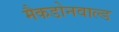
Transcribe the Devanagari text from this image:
मैकडोनवाल्ड